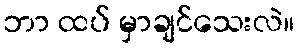
ဘာ ထပ် မှာချင်သေးလဲ။